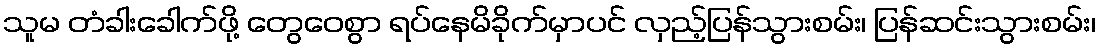
သူမ တံခါးခေါက်ဖို့ တွေဝေစွာ ရပ်နေမိခိုက်မှာပင် လှည့်ပြန်သွားစမ်း၊ ပြန်ဆင်းသွားစမ်း၊